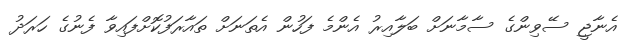
އެނާޖީ ސޭވިންގެ ސާމާނަށް ބަލާއިރު އެންމެ ފަހުން އެތަނަށް ތައާރަފުކޮށްފައިވާ ފެނުގެ ހަރަދު